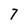
Character: 7